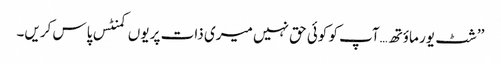
’’شٹ یور ماؤتھ…آپ کو کوئی حق نہیں میری ذات پر یوں کمنٹس پاس کریں۔